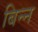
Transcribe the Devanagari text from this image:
बिन्न